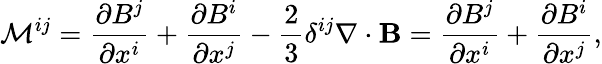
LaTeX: {\cal{M}}^{ij}=\frac{\partial B^{j}}{\partial x^{i}}+\frac{\partial B^{i}}{\partial x^{j}}-\frac{2}{3}\delta^{ij}\nabla\cdot{\mathbf{B}}=\frac{\partial B^{j}}{\partial x^{i}}+\frac{\partial B^{i}}{\partial x^{j}},